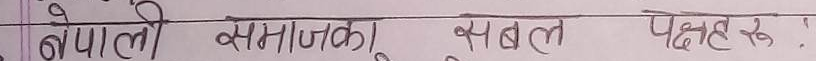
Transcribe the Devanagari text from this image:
नेपाली समाजका सबल पक्षहरू !